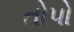
તોપો